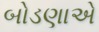
બોડણાએ